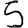
Digit: 5